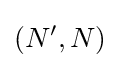
\left(N^{\prime },N\right)